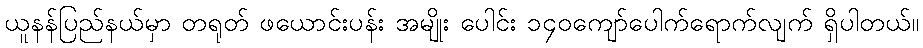
ယူနန်ပြည်နယ်မှာ တရုတ် ဖယောင်းပန်း အမျိုး ပေါင်း ၁၄၀ကျော်ပေါက်ရောက်လျက် ရှိပါတယ်။